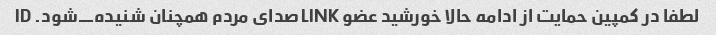
لطفا در کمپین حمایت از ادامه حالا خورشید عضو LINK صدای مردم همچنان شنیده_شود. ID